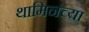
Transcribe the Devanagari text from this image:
थामिनच्या